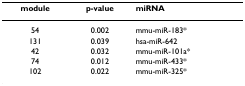
| module | p-value | miRNA |
 | --- | --- | --- |
 | 54 | 0.002 | mmu-miR-183* |
 | 131 | 0.039 | hsa-miR-642 |
 | 42 | 0.032 | mmu-miR-101a* |
 | 74 | 0.012 | mmu-miR-433* |
 | 102 | 0.022 | mmu-miR-325* |